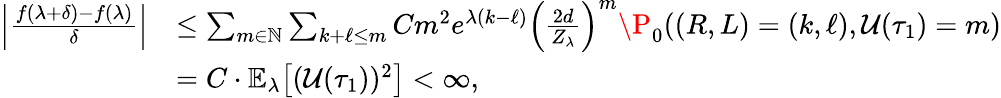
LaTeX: \begin{array}{rl}{\left|\frac{f(\lambda+\delta)-f(\lambda)}{\delta}\right|}&{\leq\sum_{m\in\mathbb{N}}\sum_{k+\ell\leq m}Cm^{2}e^{\lambda(k-\ell)}\left(\frac{2d}{Z_{\lambda}}\right)^{m}\P_{0}((R,L)=(k,\ell),\mathcal{U}(\tau_{1})=m)}\\ &{=C\cdot\mathbb{E}_{\lambda}\! \left[(\mathcal{U}(\tau_{1}))^{2}\right]<\infty,}\end{array}